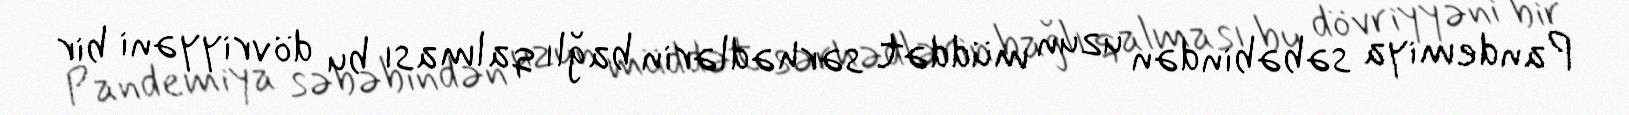
Pandemiya səbəbindən uzun müddət sərhədlərin bağlı qalması bu dövriyyəni bir